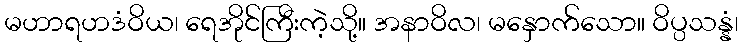
မဟာရဟဒံဝိယ၊ ရေအိုင်ကြီးကဲ့သို့။ အနာဝိလ၊ မနှောက်သော။ ဝိပ္ပသန္နံ၊